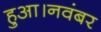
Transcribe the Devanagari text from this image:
हुआ।नवंबर